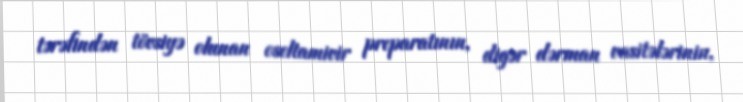
tərəfindən tövsiyə olunan oseltamivir preparatının, digər dərman vasitələrinin,